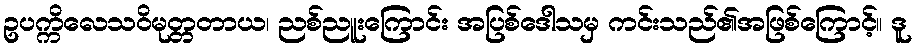
ဥပက္ကိလေသဝိမုတ္တတာယ၊ ညစ်ညူးကြောင်း အပြစ်ဒေါသမှ ကင်းသည်၏အဖြစ်ကြောင့်။ ဒူ